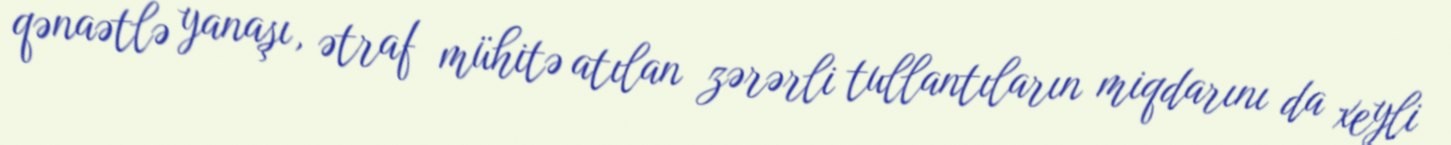
qənaətlə yanaşı, ətraf mühitə atılan zərərli tullantıların miqdarını da xeyli